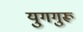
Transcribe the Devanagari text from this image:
युगगुरू